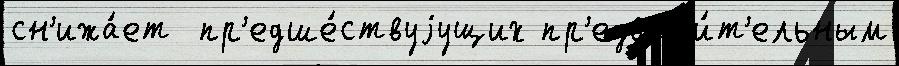
сн'ижа́ет  пр'едше́ствуjущих пр'едвар'и́т'ельным